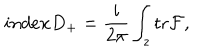
LaTeX: i n d e x D _ { + } = \frac { i } { 2 \pi } \int _ { z } \mathrm { t r } { \cal F } ,